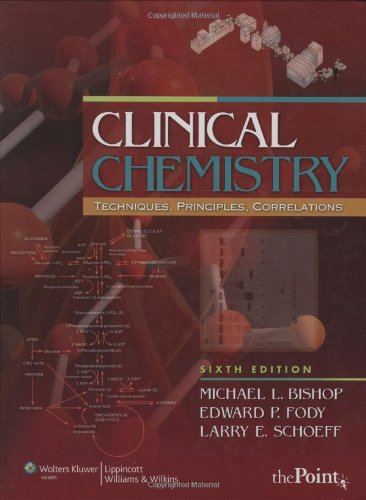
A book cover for Clinical Chemistry: Techniques, Principles, Correlations (Bishop, Clinical Chemistry); Science & Math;